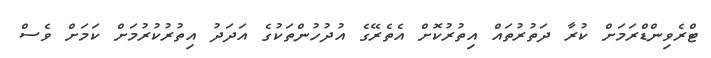
ޓްރެވިންޑްރަމަށް ކުރާ ދަތުރުތައް އިތުރުކޮށް އެތެރޭގެ އުދުހުންތަކުގެ އަދަދު އިތުރުކުރުމަށް ކަމަށް ވެސް